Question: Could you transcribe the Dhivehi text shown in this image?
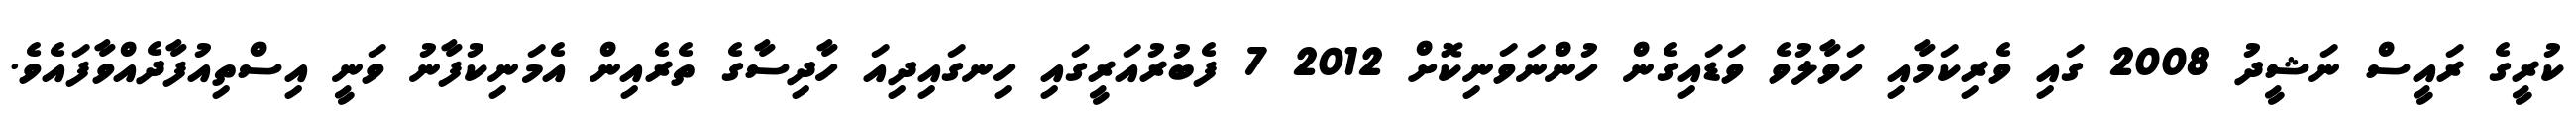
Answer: ކުރީގެ ރައީސް ނަޝީދު 2008 ގައި ވެރިކަމާއި ހަވާލުވެ ވަޑައިގެން ހުންނަވަނިކޮށް 2012 7 ފެބުރުއަރީގައި ހިނގައިދިއަ ހާދިސާގެ ތެރެއިން އެމަނިކުފާނު ވަނީ އިސްތިއުފާދެއްވާފައެވެ.